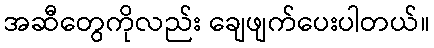
အဆီတွေကိုလည်း ချေဖျက်ပေးပါတယ်။